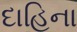
દાહિના